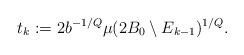
LaTeX: \begin{align*}t_k:=2b^{-1/Q}\mu(2B_0\setminus E_{k-1})^{1/Q}.\end{align*}